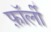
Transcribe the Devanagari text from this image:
फ़ॉर्ली